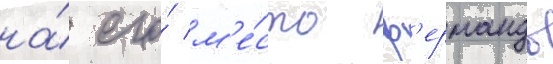
на́ его́ м'е́сто ф'ернандо